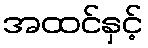
အထင်နှင့်